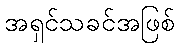
အရှင်သခင်အဖြစ်